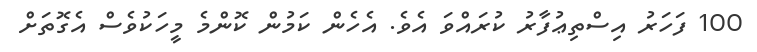
100 ފަހަރު އިސްތިޢުފާރު ކުރައްވަ އެވެ. އެހެން ކަމުން ކޮންމެ މީހަކުވެސް އެގޮތަށް